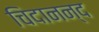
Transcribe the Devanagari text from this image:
चिदानन्‍द